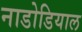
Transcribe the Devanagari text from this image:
नाडोडियाल